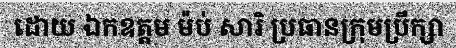
ដោយ ឯកឧត្តម ម៉ប់ សារិ ប្រធានក្រុមប្រឹក្សា